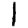
Digit: 1